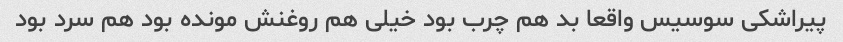
پیراشکی سوسیس واقعا بد هم چرب بود خیلی هم روغنش مونده بود هم سرد بود